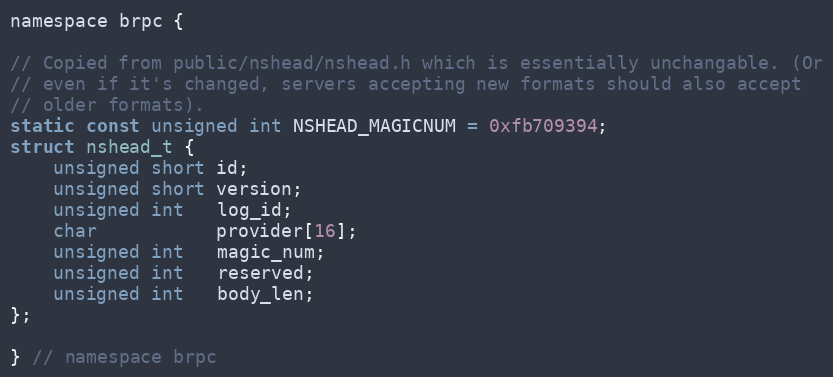
Language: C
namespace brpc {

// Copied from public/nshead/nshead.h which is essentially unchangable. (Or
// even if it's changed, servers accepting new formats should also accept
// older formats).
static const unsigned int NSHEAD_MAGICNUM = 0xfb709394;
struct nshead_t {
    unsigned short id;
    unsigned short version;
    unsigned int   log_id;
    char           provider[16];
    unsigned int   magic_num;
    unsigned int   reserved;
    unsigned int   body_len;
};

} // namespace brpc